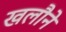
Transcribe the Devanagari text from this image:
खलौने